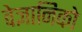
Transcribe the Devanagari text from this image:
वेज्ञानिको